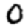
Digit: 0